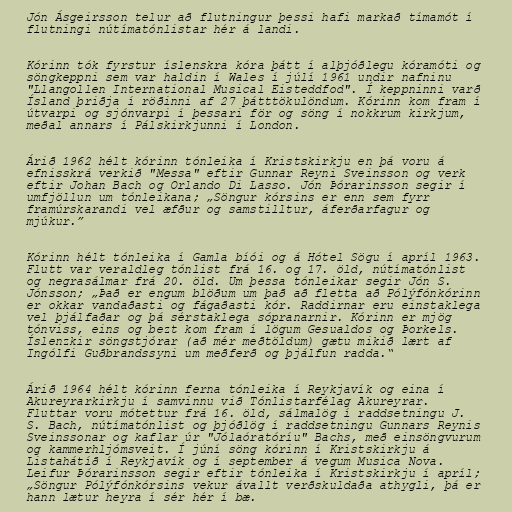
Jón Ásgeirsson telur að flutningur þessi hafi markað tímamót í
flutningi nútímatónlistar hér á landi.

Kórinn tók fyrstur íslenskra kóra þátt í alþjóðlegu kóramóti og
söngkeppni sem var haldin í Wales í júlí 1961 undir nafninu
"Llangollen International Musical Eisteddfod". Í keppninni varð
Ísland þriðja í röðinni af 27 þátttökulöndum. Kórinn kom fram í
útvarpi og sjónvarpi í þessari för og söng í nokkrum kirkjum,
meðal annars í Pálskirkjunni í London.

Árið 1962 hélt kórinn tónleika í Kristskirkju en þá voru á
efnisskrá verkið "Messa" eftir Gunnar Reyni Sveinsson og verk
eftir Johan Bach og Orlando Di Lasso. Jón Þórarinsson segir í
umfjöllun um tónleikana; „Söngur kórsins er enn sem fyrr
framúrskarandi vel æfður og samstilltur, áferðarfagur og
mjúkur.”

Kórinn hélt tónleika í Gamla bíói og á Hótel Sögu í apríl 1963.
Flutt var veraldleg tónlist frá 16. og 17. öld, nútímatónlist
og negrasálmar frá 20. öld. Um þessa tónleikar segir Jón S.
Jónsson; „Það er engum blöðum um það að fletta að Pólýfónkórinn
er okkar vandaðasti og fágaðasti kór. Raddirnar eru einstaklega
vel þjálfaðar og þá sérstaklega sópranarnir. Kórinn er mjög
tónviss, eins og bezt kom fram í lögum Gesualdos og Þorkels.
Íslenzkir söngstjórar (að mér meðtöldum) gætu mikið lært af
Ingólfi Guðbrandssyni um meðferð og þjálfun radda.“

Árið 1964 hélt kórinn ferna tónleika í Reykjavík og eina í
Akureyrarkirkju í samvinnu við Tónlistarfélag Akureyrar.
Fluttar voru mótettur frá 16. öld, sálmalög í raddsetningu J.
S. Bach, nútímatónlist og þjóðlög í raddsetningu Gunnars Reynis
Sveinssonar og kaflar úr "Jólaóratóríu" Bachs, með einsöngvurum
og kammerhljómsveit. Í júní söng kórinn í Kristskirkju á
Listahátíð í Reykjavík og í september á vegum Musica Nova.
Leifur Þórarinsson segir eftir tónleika í Kristskirkju í apríl;
„Söngur Pólýfónkórsins vekur ávallt verðskuldaða athygli, þá er
hann lætur heyra í sér hér í bæ.